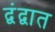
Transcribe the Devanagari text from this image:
द्वंद्वात